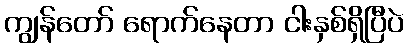
ကျွန်တော် ရောက်နေတာ ငါးနှစ်ရှိပြီပဲ